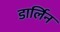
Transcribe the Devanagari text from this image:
डार्लिन